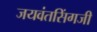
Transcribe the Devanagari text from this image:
जयवंतसिंगजी